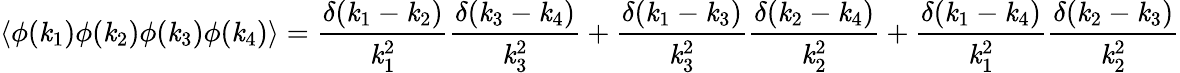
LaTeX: \left\langle\phi(\mathit{k}_{1})\phi(\mathit{k}_{2})\phi(\mathit{k}_{3})\phi(\mathit{k}_{4})\right\rangle={\frac{{\delta(\mathit{k}_{1}-\mathit{k}_{2})}}{{\mathit{k}_{1}^{2}}}}{\frac{{\delta(\mathit{k}_{3}-\mathit{k}_{4})}}{{\mathit{k}_{3}^{2}}}}+{\frac{{\delta(\mathit{k}_{1}-\mathit{k}_{3})}}{{\mathit{k}_{3}^{2}}}}{\frac{{\delta(\mathit{k}_{2}-\mathit{k}_{4})}}{{\mathit{k}_{2}^{2}}}}+{\frac{{\delta(\mathit{k}_{1}-\mathit{k}_{4})}}{{\mathit{k}_{1}^{2}}}}{\frac{{\delta(\mathit{k}_{2}-\mathit{k}_{3})}}{{\mathit{k}_{2}^{2}}}}